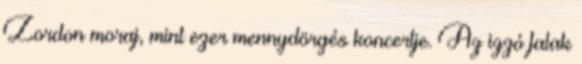
Zordon moraj, mint ezer mennydörgés koncertje. Az izzó falak